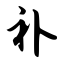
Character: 补